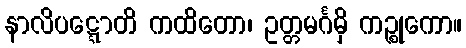
နာလိပဋ္ဋောတိ ကထိတော၊ ဥတ္တမင်္ဂမှိ ကဉ္စုကော။